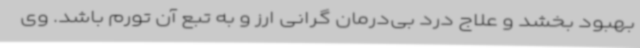
بهبود بخشد و علاج درد بی‌درمان گرانی ارز و به تبع آن تورم باشد. وی